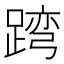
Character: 𨂺